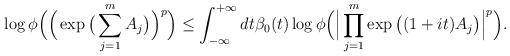
LaTeX: \begin{align*}\log\phi\Big(\Big(\exp\big(\sum_{j=1}^mA_j\big)\Big)^p\Big)\leq \int_{-\infty}^{+\infty}dt\beta_0(t)\log\phi\Big(\Big|\prod_{j=1}^m\exp\big((1+it)A_j\big)\Big|^p\Big).\end{align*}